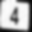
Digit: 4